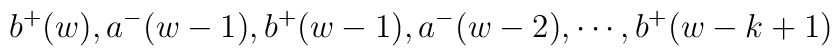
b^+(w),a^-(w-1),b^+(w-1),a^-(w-2),\cdots,b^+(w-k+1)